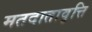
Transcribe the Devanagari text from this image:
मतदातावृत्ति